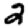
Digit: 2